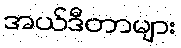
အယ်ဒီတာများ